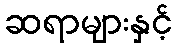
ဆရာများနှင့်